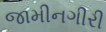
જામીનગીરી